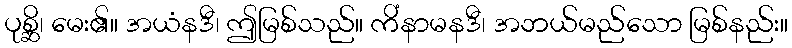
ပုစ္ဆိ၊ မေး၏။ အယံနဒီ၊ ဤမြစ်သည်။ ကိံနာမနဒီ၊ အဘယ်မည်သော မြစ်နည်း။